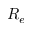
R _ { e }